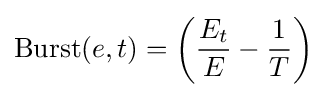
\mathrm {Burst} (e,t)=\left({\frac {E_{t}}{E}}-{\frac {1}{T}}\right)